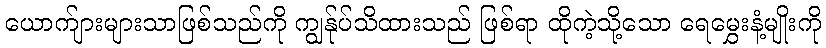
ယောက်ျားများသာဖြစ်သည်ကို ကျွန်ုပ်သိထားသည် ဖြစ်ရာ ထိုကဲ့သို့သော ရေမွှေးနံ့မျိုးကို